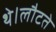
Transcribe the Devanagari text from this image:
थे।लौटते